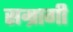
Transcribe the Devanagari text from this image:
सम्रागी